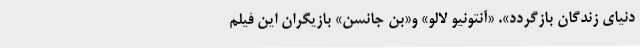
دنیای زندگان بازگردد». «آنتونیو لالو» و«بن جانسن» بازیگران این فیلم